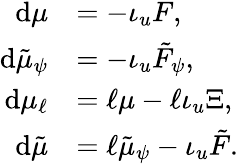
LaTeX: \begin{array}{rl}{\mathrm{d}\mu}&{=-\iota_{u}F,}\\ {\mathrm{d}\tilde{\mu}_{\psi}}&{=-\iota_{u}\tilde{F}_{\psi},}\\ {\mathrm{d}\mu_{\ell}}&{=\ell\mu-\ell\iota_{u}\Xi,}\\ {\mathrm{d}\tilde{\mu}}&{=\ell\tilde{\mu}_{\psi}-\iota_{u}\tilde{F}.}\end{array}